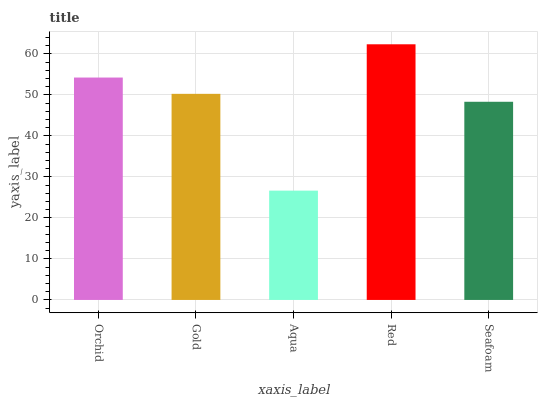
| xaxis_label | bars |
 | --- | --- |
 | Orchid | 54.2 |
 | Gold | 50.3 |
 | Aqua | 26.7 |
 | Red | 62.3 |
 | Seafoam | 48.3 |